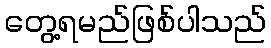
တွေ့ရမည်ဖြစ်ပါသည်